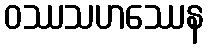
ဝဿသဟဿေန